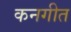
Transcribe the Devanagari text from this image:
कनगीत